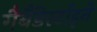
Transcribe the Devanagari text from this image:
गैबैंडेर्स्टाइने